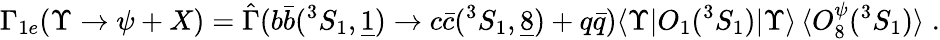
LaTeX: \Gamma_{1e}(\Upsilon\to\psi+X)=\hat{\Gamma}(b\bar{b}(^{3}S_{1},\underline{{{1}}})\to c\bar{c}(^{3}S_{1},\underline{{{8}}})+q\bar{q})\langle\Upsilon\vert O_{1}(^{3}S_{1})\vert\Upsilon\rangle\, \langle O_{8}^{\psi}(^{3}S_{1})\rangle\; .